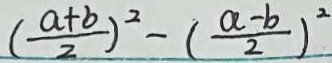
( \frac { a + b } { 2 } ) ^ { 2 } - ( \frac { a - b } { 2 } ) ^ { 2 }